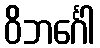
ဝိဘင်္ဂေါ